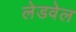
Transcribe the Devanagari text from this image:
लेडवेल